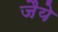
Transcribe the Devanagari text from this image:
जैये